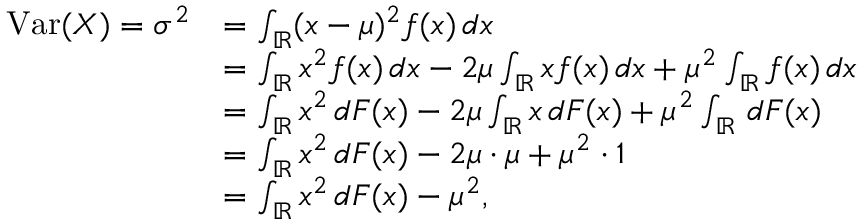
{ \begin{array} { r l } { \operatorname { V a r } ( X ) = \sigma ^ { 2 } } & { = \int _ { \mathbb { R } } ( x - \mu ) ^ { 2 } f ( x ) \, d x } \\ & { = \int _ { \mathbb { R } } x ^ { 2 } f ( x ) \, d x - 2 \mu \int _ { \mathbb { R } } x f ( x ) \, d x + \mu ^ { 2 } \int _ { \mathbb { R } } f ( x ) \, d x } \\ & { = \int _ { \mathbb { R } } x ^ { 2 } \, d F ( x ) - 2 \mu \int _ { \mathbb { R } } x \, d F ( x ) + \mu ^ { 2 } \int _ { \mathbb { R } } \, d F ( x ) } \\ & { = \int _ { \mathbb { R } } x ^ { 2 } \, d F ( x ) - 2 \mu \cdot \mu + \mu ^ { 2 } \cdot 1 } \\ & { = \int _ { \mathbb { R } } x ^ { 2 } \, d F ( x ) - \mu ^ { 2 } , } \end{array} }